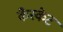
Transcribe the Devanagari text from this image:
कैस्केट